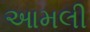
આમલી